Serum-therapy of plague in India - Number 20
Disease focus: Plague
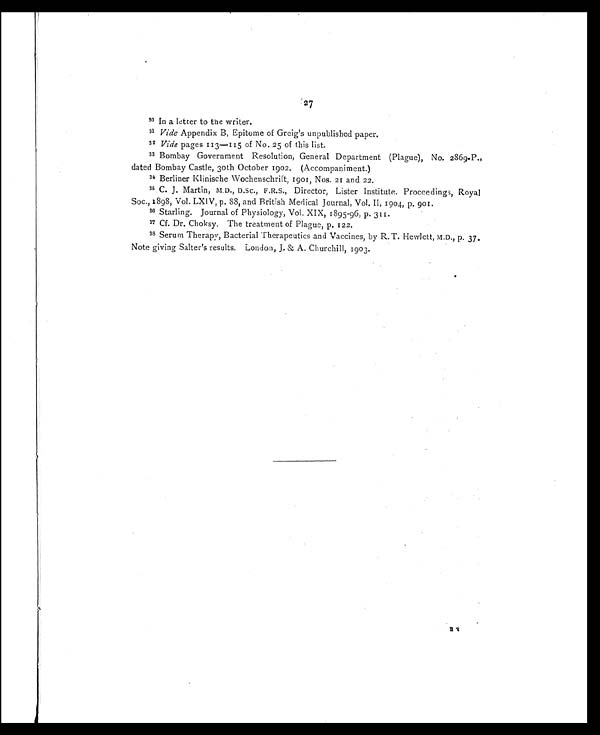
27
30 In a letter to the writer.
31 Vide Appendix B, Epitome of Greig's unpublished paper.
32 Vide pages 113—115 of No. 25 of this list.
33 Bombay Government Resolution, General Department (Plague), No. 2869-P.,
dated Bombay Castle, 30th October 1902. (Accompaniment.)
34 Berliner Klinische Wochenschrift, 1901, Nos. 21 and 22.
35 C. J. Martin, M.D., D.Sc., F.R.S., Director, Lister Institute. Proceedings, Royal
Soc., 1898, Vol. LXIV, p. 88, and British Medical Journal, Vol. II, 1904, p. 901.
36 Starling. Journal of Physiology, Vol. XIX, 1895-96, p. 311.
37 Cf. Dr. Choksy. The treatment of Plague, p. 122.
38 Serum Therapy, Bacterial Therapeutics and Vaccines, by R. T. Hewlett, M.D., p. 37.
Note giving Salter's results. London, J. & A. Churchill, 1903.
E 3